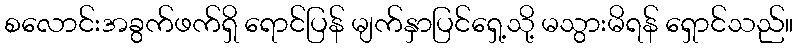
စလောင်းအခွက်ဖက်ရှိ ရောင်ပြန် မျက်နှာပြင်ရှေ့သို့ မသွားမိရန် ရှောင်သည်။